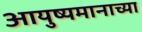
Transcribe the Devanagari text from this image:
आयुष्यमानाच्या